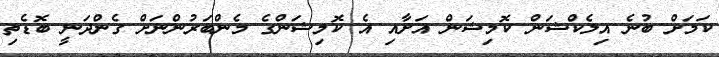
ކަމަށް ބުނެ އިލެކްޝަން ކޮމިޝަން އަށާއި އެ ކޮމިޝަންގެ މެންބަރުންނަށް ގެންދަނީ ބޮޑެތި